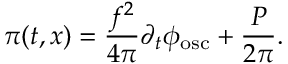
\pi ( t , x ) = \frac { f ^ { 2 } } { 4 { \pi } } { \partial } _ { t } { \phi } _ { \mathrm { { o s c } } } + \frac { P } { 2 { \pi } } .